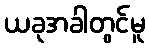
ယခုအခါတွင်မူ